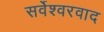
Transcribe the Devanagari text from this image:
सर्वेश्‍वरवाद